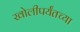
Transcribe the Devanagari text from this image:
खोलीपर्यंतच्या